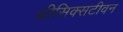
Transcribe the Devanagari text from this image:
थ्रीसिक्सटीवन